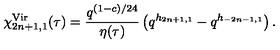
\chi _ { 2 n + 1 , 1 } ^ { \mathrm { V i r } } ( \tau ) = \frac { q ^ { ( 1 - c ) / 2 4 } } { \eta ( \tau ) } \left( q ^ { h _ { 2 n + 1 , 1 } } - q ^ { h _ { - 2 n - 1 , 1 } } \right) .